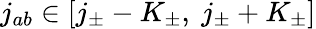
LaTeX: j_{ab}\in\left[j_{\pm}-K_{\pm},\ j_{\pm}+K_{\pm}\right]